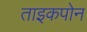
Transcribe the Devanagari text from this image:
ताइकपोन